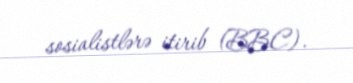
sosialistlərə itirib (BBC).